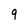
Character: 9